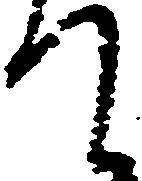
て